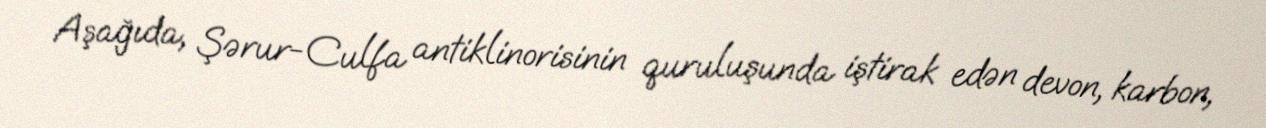
Aşağıda, Şərur-Culfa antiklinorisinin quruluşunda iştirak edən devon, karbon,